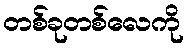
တစ်ခုတစ်လေကို